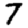
Digit: 7